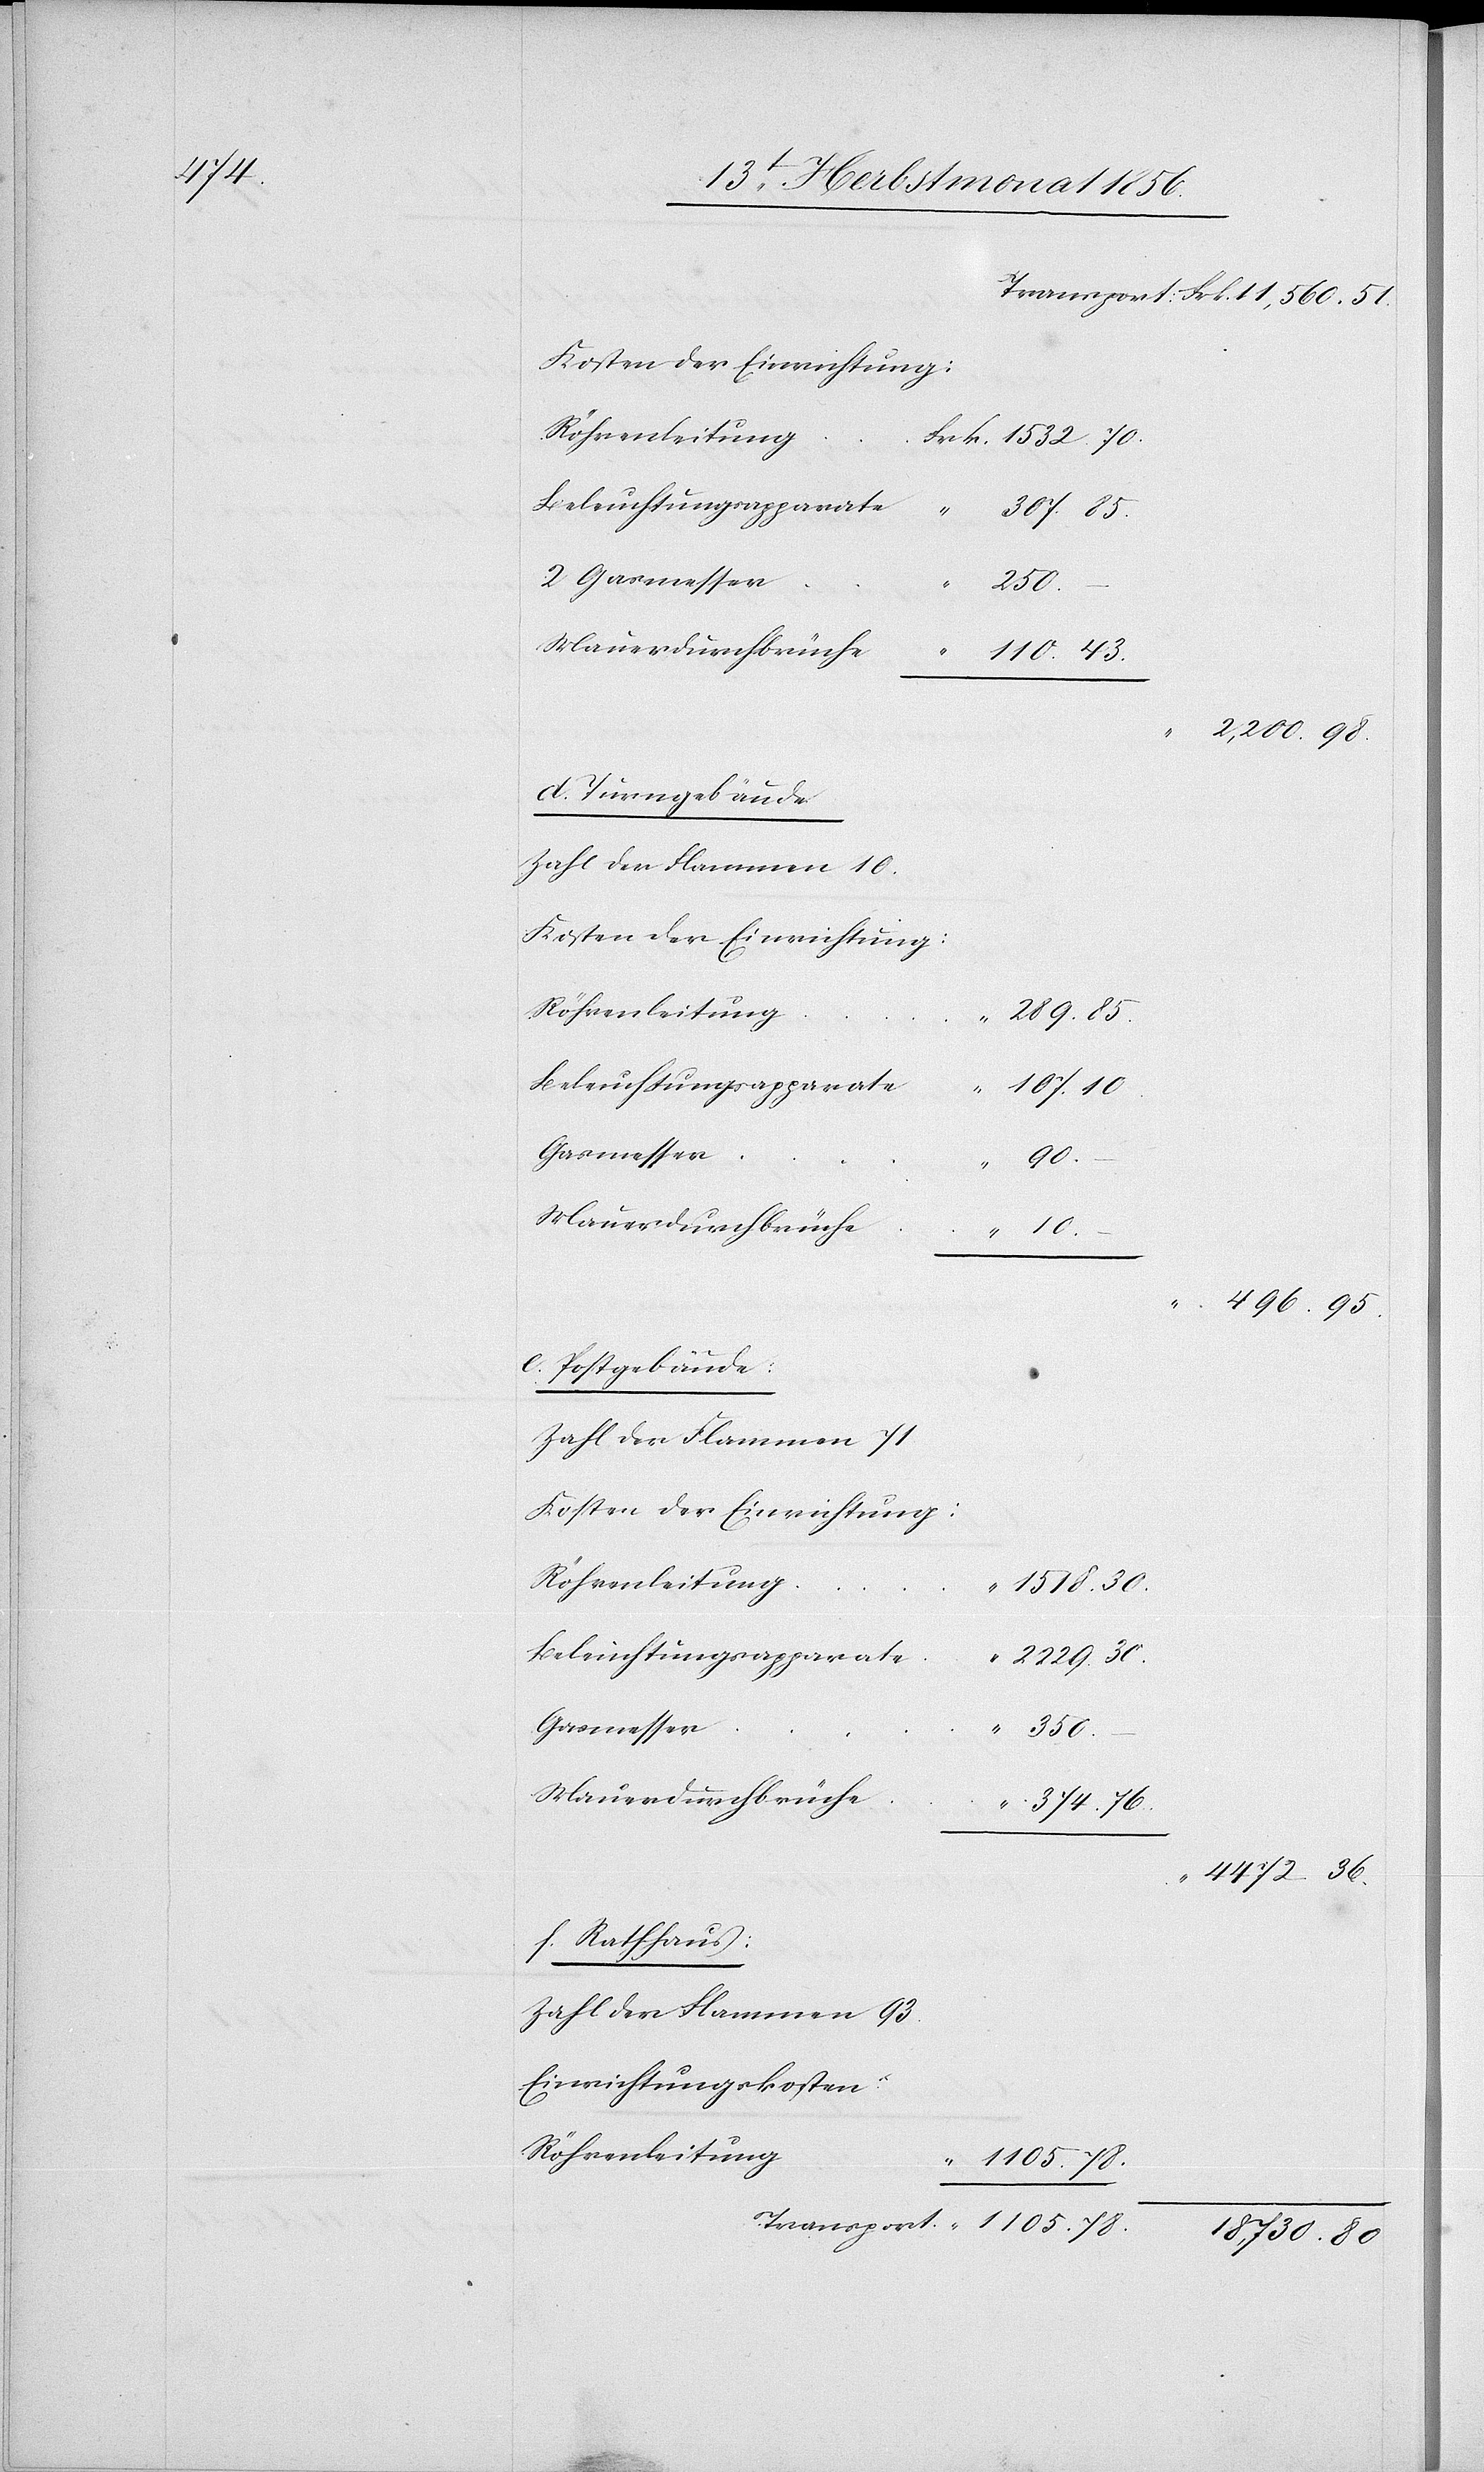
374.

36.
2 Gasmesser
2229.
Mauerdurchbrüche
d. Turngebäude.
Zahl der Flammen 10.
Kosten der Einrichtung:
Röhrenleitung
289.
Beleuchtungsapparate
78.
Frk.
e. Postgebäude:
Zahl der Flammen 71.
Kosten der Einrichtung:
Gasmesser
350.
Mauerdurchbrüche
f. Rathhaus:
Zahl der Flammen 93.
Einrichtungskosten: